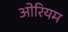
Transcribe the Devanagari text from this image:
ओरियम